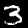
Label: 3